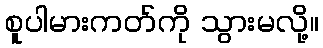
စူပါမားကတ်ကို သွားမလို့။